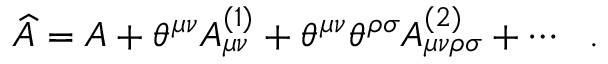
\widehat { A } = A + \theta ^ { \mu \nu } A _ { \mu \nu } ^ { ( 1 ) } + \theta ^ { \mu \nu } \theta ^ { \rho \sigma } A _ { \mu \nu \rho \sigma } ^ { ( 2 ) } + \cdots \ \ .